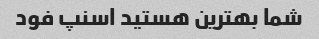
شما بهترین هستید اسنپ فود